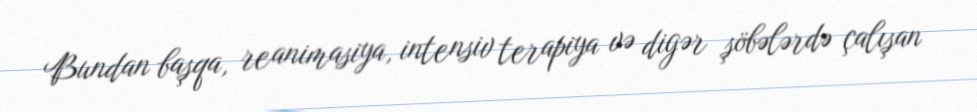
Bundan başqa, reanimasiya, intensiv terapiya və digər şöbələrdə çalışan